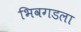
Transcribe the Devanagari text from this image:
भिवगडला